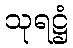
သုရဋ္ဌံ